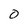
Character: 0